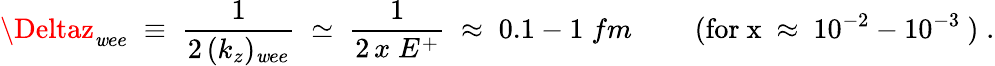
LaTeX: \Deltaz_{\mathit{w}ee}\; \equiv\; \frac{{1}}{{2\, (k_{z})_{\mathit{w}ee}}}\; \simeq\; \frac{{1}}{{2\, x\; E^{+}}}\; \approx\; 0.1-1\; fm\; \; \; \; \; \; \; \; (\mathrm{{for~x~\approx~10^{-2}-10^{-3}~}})\; .